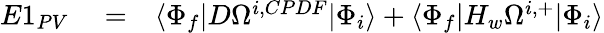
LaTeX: \begin{array}{rlr}{E1_{PV}}&{{}=}&{\langle\Phi_{f}|D\Omega^{i,CPDF}|\Phi_{i}\rangle+\langle\Phi_{f}|H_{w}\Omega^{i,+}|\Phi_{i}\rangle}\end{array}